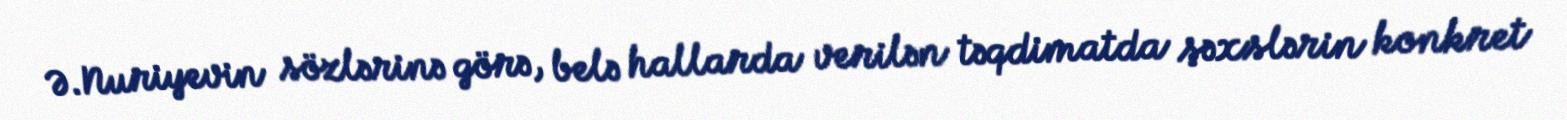
Ə.Nuriyevin sözlərinə görə, belə hallarda verilən təqdimatda şəxslərin konkret